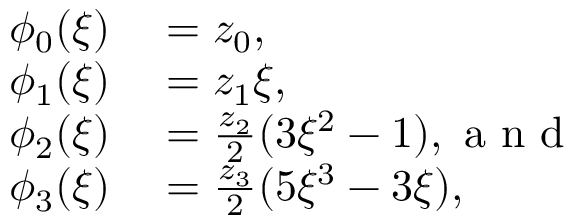
\begin{array} { r l } { \phi _ { 0 } ( \xi ) } & { { } = z _ { 0 } , } \\ { \phi _ { 1 } ( \xi ) } & { { } = z _ { 1 } \xi , } \\ { \phi _ { 2 } ( \xi ) } & { { } = \frac { z _ { 2 } } { 2 } ( 3 \xi ^ { 2 } - 1 ) , \mathrm { ~ a ~ n ~ d ~ } } \\ { \phi _ { 3 } ( \xi ) } & { { } = \frac { z _ { 3 } } { 2 } ( 5 \xi ^ { 3 } - 3 \xi ) , } \end{array}